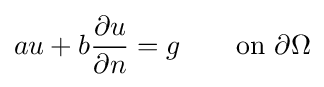
au+b{\frac {\partial u}{\partial n}}=g\qquad {\text{on }}\partial \Omega